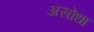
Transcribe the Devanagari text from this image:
असोधा